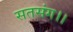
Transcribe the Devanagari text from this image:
सतसंग।।